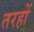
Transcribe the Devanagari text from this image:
तरहों